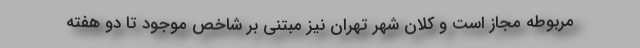
مربوطه مجاز است و کلان شهر تهران نیز مبتنی بر شاخص موجود تا دو هفته